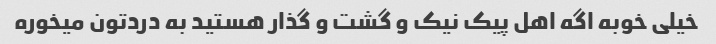
خیلی خوبه اگه اهل پیک نیک و گشت و گذار هستید به دردتون میخوره